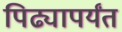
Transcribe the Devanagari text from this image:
पिढ्यापर्यंत